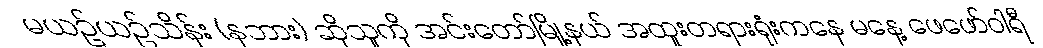
မယဥ်ယဥ်သိန်း (နဘား) ဆိုသူကို အင်းတော်မြို့နယ် အထူးတရားရုံးကနေ မနေ့ ဖေဖော်ဝါရီ